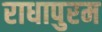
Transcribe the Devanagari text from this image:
राधापुरम